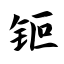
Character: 钷